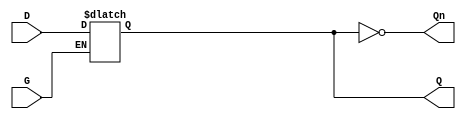
module gated_latch (
    input wire D,      // Data input
    input wire G,      // Gate/Enable signal
    output reg Q,      // Output
    output wire Qn     // Complement of the output
);

// Complement of the output
assign Qn = ~Q;

// Always block to implement the latch behavior
always @(*) begin
    if (G) begin
        // When G is HIGH, Q follows D
        Q = D;
    end
    // When G is LOW, Q retains its previous value
end

endmodule